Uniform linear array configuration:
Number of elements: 48
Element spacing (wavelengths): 0.75
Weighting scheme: hamming
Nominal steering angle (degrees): -15
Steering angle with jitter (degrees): -15.21
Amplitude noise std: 0.05
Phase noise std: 0.05

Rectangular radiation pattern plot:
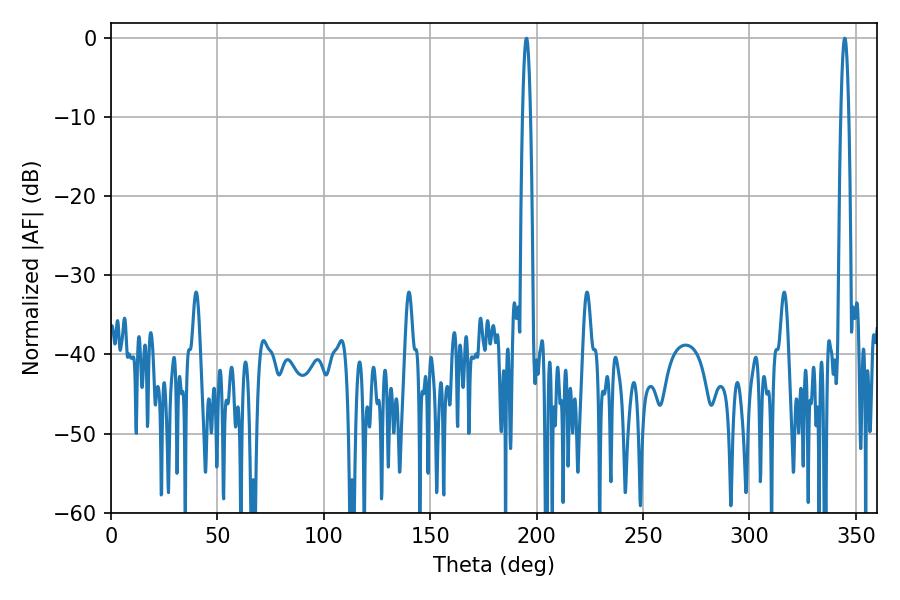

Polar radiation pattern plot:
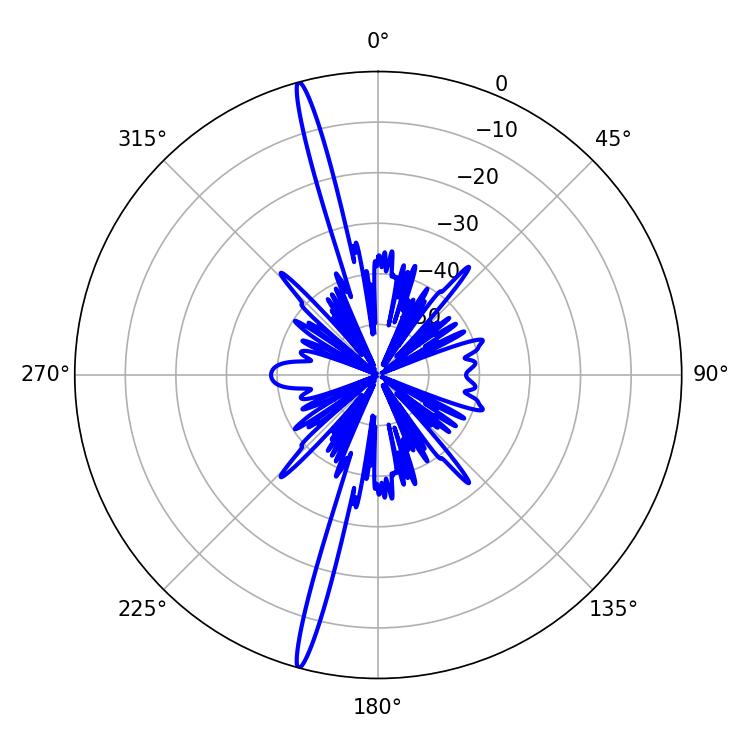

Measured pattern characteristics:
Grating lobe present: TRUE
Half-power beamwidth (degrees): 1.98
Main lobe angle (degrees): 344.7